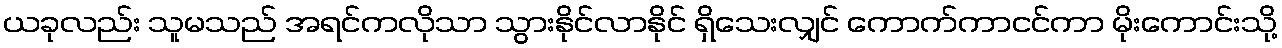
ယခုလည်း သူမသည် အရင်ကလိုသာ သွားနိုင်လာနိုင် ရှိသေးလျှင် ကောက်ကာငင်ကာ မိုးကောင်းသို့